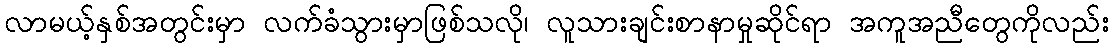
လာမယ့်နှစ်အတွင်းမှာ လက်ခံသွားမှာဖြစ်သလို၊ လူသားချင်းစာနာမှုဆိုင်ရာ အကူအညီတွေကိုလည်း